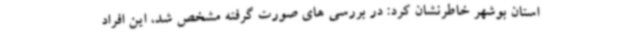
استان بوشهر خاطرنشان کرد: در بررسی های صورت گرفته مشخص شد، این افراد